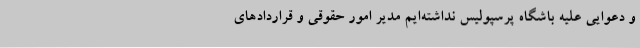
و دعوایی علیه باشگاه پرسپولیس نداشته‌ایم مدیر امور حقوقی و قراردادهای